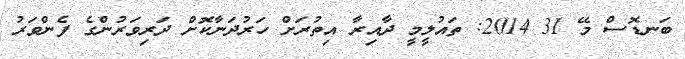
ބަނޑޮސް މޭ 31 2014: ތައުލީމީ ދާއިރާ އިތުރަށް ހަރުދަނާކޮށް ދަރިވަރުންގެ ފެންވަރު